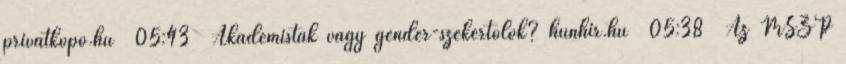
privatkopo.hu 05:43 Akadémisták vagy gender-szekértolók? hunhir.hu 05:38 Az MSZP